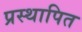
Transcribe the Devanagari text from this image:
प्रस्‍थापित